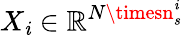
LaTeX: X_{\mathit{i}}\in\mathbb{{R}}^{N\timesn_{s}^{\mathit{i}}}